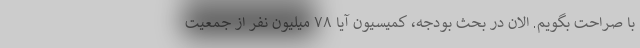
با صراحت بگویم. الان در بحث بودجه، کمیسیون آیا ۷۸ میلیون نفر از جمعیت